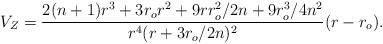
\begin{align*}V_Z = { 2 (n+1) r^3 + 3 r_o r^2 + 9r r_o^2/2n + 9 r_o^3/4n^2 \over r^4 ( r+ 3 r_o/2n)^2 } (r -r_o).\end{align*}